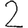
Digit: 2